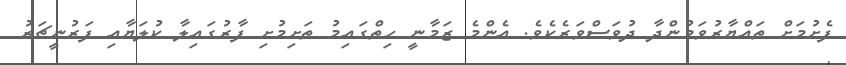
ފެށުމަށް ތައްޔާރުވަމުންދާ ދުވަސްވަރެކެވެ. އެންމެ ޒަމާނީ ހިތްގައިމު ތަށިމުށި ފާރުގައިލާ ކުލަޔާއި ފަރުނީޗަރު